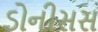
ડોનીસસ